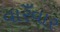
વારઁવાર